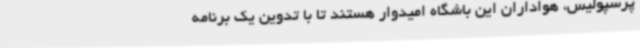
پرسپولیس، هواداران این باشگاه امیدوار هستند تا با تدوین یک برنامه